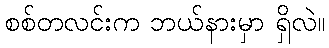
စစ်တလင်းက ဘယ်နားမှာ ရှိလဲ။